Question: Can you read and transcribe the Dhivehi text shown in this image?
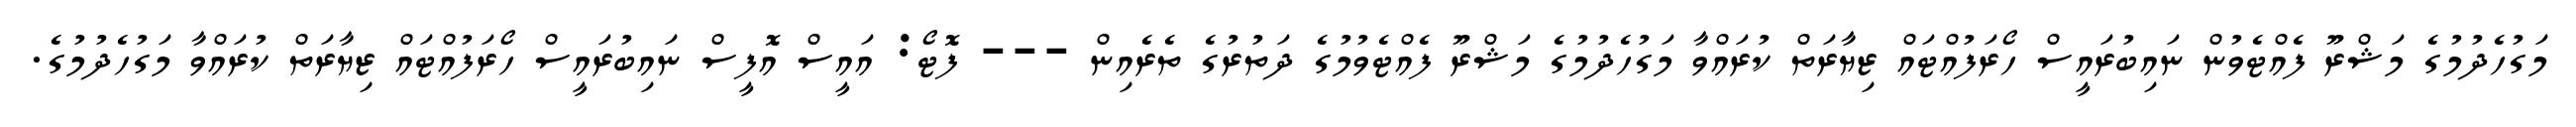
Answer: މަގުހެދުމުގެ މަޝްރޫ ފެއްޓެވުން ނައިބުރައީސް ހޯރަފުއްޓައް ޒިޔާރަތް ކުރައްވާ މަގުހެދުމުގެ މަޝްރޫ ފެއްޓެވުމުގެ ދަތުރުގެ ތެރެއިން --- ފޮޓޯ: އައީސް އޮފީސް ނައިބުރައީސް ހޯރަފުއްޓައް ޒިޔާރަތް ކުރައްވާ މަގުހެދުމުގެ.